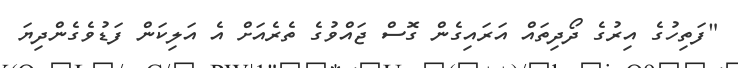
"ފަތިހުގެ އިރުގެ ދޯދިތައް އަރައިގެން ގޮސް ޖައްވުގެ ތެރެއަށް އެ އަލިކަން ފަޑުވެގެންދިޔަ